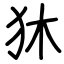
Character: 狇